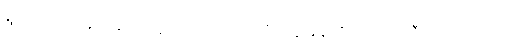
ရွာဘက်ကလူတွေဆိုလို့ရှိရင်တော့ သူတို့တွေ ခုနလိုပဲ၊ ဓာတ်ဆီဝယ်သလိုပဲ။